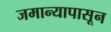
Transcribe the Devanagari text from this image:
जमान्यापासून